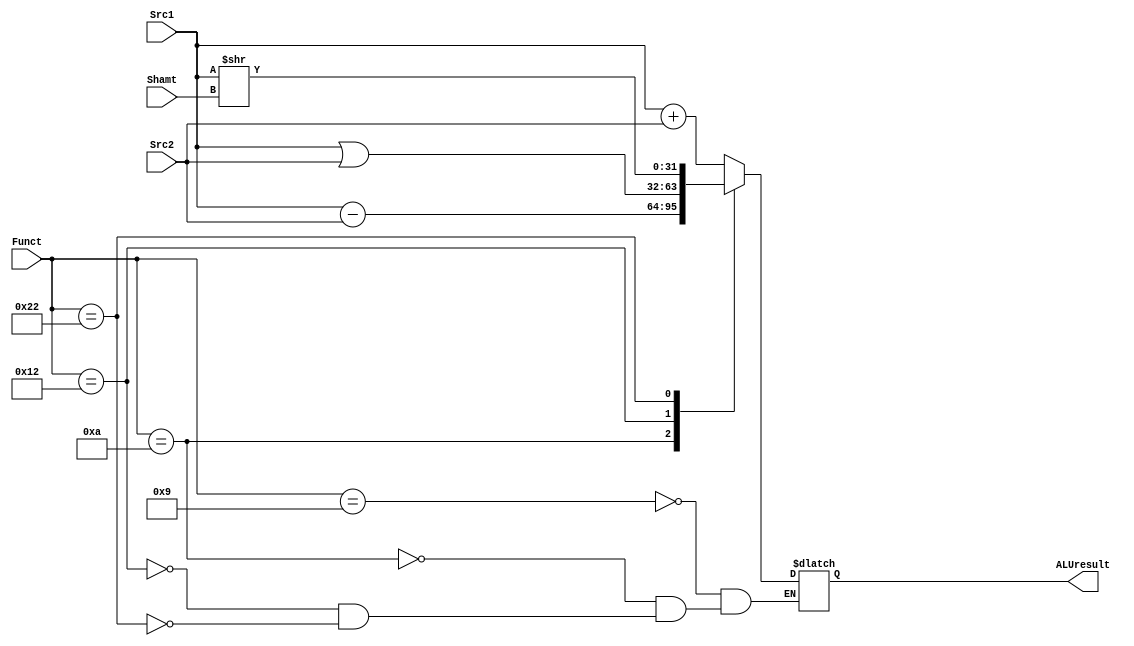
module ALU (
    output reg [31:0] ALUresult,
    input [31:0] Src1,
    input [31:0] Src2,
    input [4:0] Shamt,
    input [5:0] Funct
);
    always @(Src1 or Src2 or Funct or Shamt) begin
        case (Funct)
            6'b001001: ALUresult = Src1 + Src2;
            6'b001010: ALUresult = Src1 - Src2;
            6'b010010: ALUresult = Src1 | Src2;
            6'b100010: ALUresult = Src1 >> Shamt;
            default: ALUresult = ALUresult;
        endcase
    end
endmodule